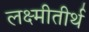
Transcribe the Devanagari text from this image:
लक्ष्मीतीर्थ